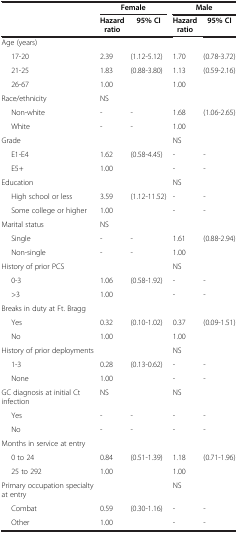
<table><thead><tr><td><b> </b></td><td><b>Female</b></td><td><b> </b></td><td><b>Male</b></td><td><b> </b></td></tr><tr><td><b> </b></td><td><b>Hazard ratio</b></td><td><b>95% CI</b></td><td><b>Hazard ratio</b></td><td><b>95% CI</b></td></tr></thead><tbody><tr><td>Age (years)</td><td> </td><td> </td><td> </td><td> </td></tr><tr><td>17-20</td><td>2.39</td><td>(1.12-5.12)</td><td>1.70</td><td>(0.78-3.72)</td></tr><tr><td>21-25</td><td>1.83</td><td>(0.88-3.80)</td><td>1.13</td><td>(0.59-2.16)</td></tr><tr><td>26-67</td><td>1.00</td><td> </td><td>1.00</td><td> </td></tr><tr><td>Race/ethnicity</td><td colspan="2">NS</td><td> </td><td> </td></tr><tr><td>Non-white</td><td>-</td><td>-</td><td>1.68</td><td>(1.06-2.65)</td></tr><tr><td>White</td><td>-</td><td>-</td><td>1.00</td><td> </td></tr><tr><td>Grade</td><td> </td><td> </td><td colspan="2">NS</td></tr><tr><td>E1-E4</td><td>1.62</td><td>(0.58-4.45)</td><td>-</td><td>-</td></tr><tr><td>E5+</td><td>1.00</td><td> </td><td>-</td><td>-</td></tr><tr><td>Education</td><td> </td><td> </td><td colspan="2">NS</td></tr><tr><td>High school or less</td><td>3.59</td><td>(1.12-11.52)</td><td>-</td><td>-</td></tr><tr><td>Some college or higher</td><td>1.00</td><td> </td><td>-</td><td>-</td></tr><tr><td>Marital status</td><td colspan="2">NS</td><td> </td><td> </td></tr><tr><td>Single</td><td>-</td><td>-</td><td>1.61</td><td>(0.88-2.94)</td></tr><tr><td>Non-single</td><td>-</td><td>-</td><td>1.00</td><td> </td></tr><tr><td>History of prior PCS</td><td> </td><td> </td><td colspan="2">NS</td></tr><tr><td>0-3</td><td>1.06</td><td>(0.58-1.92)</td><td>-</td><td>-</td></tr><tr><td>&gt;3</td><td>1.00</td><td> </td><td>-</td><td>-</td></tr><tr><td>Breaks in duty at Ft. Bragg</td><td> </td><td> </td><td> </td><td> </td></tr><tr><td>Yes</td><td>0.32</td><td>(0.10-1.02)</td><td>0.37</td><td>(0.09-1.51)</td></tr><tr><td>No</td><td>1.00</td><td> </td><td>1.00</td><td> </td></tr><tr><td>History of prior deployments</td><td> </td><td> </td><td>NS</td><td> </td></tr><tr><td>1-3</td><td>0.28</td><td>(0.13-0.62)</td><td>-</td><td>-</td></tr><tr><td>None</td><td>1.00</td><td> </td><td>-</td><td>-</td></tr><tr><td>GC diagnosis at initial Ct infection</td><td colspan="2">NS</td><td colspan="2">NS</td></tr><tr><td>Yes</td><td>-</td><td>-</td><td>-</td><td>-</td></tr><tr><td>No</td><td>-</td><td>-</td><td>-</td><td>-</td></tr><tr><td>Months in service at entry</td><td> </td><td> </td><td> </td><td> </td></tr><tr><td>0 to 24</td><td>0.84</td><td>(0.51-1.39)</td><td>1.18</td><td>(0.71-1.96)</td></tr><tr><td>25 to 292</td><td>1.00</td><td> </td><td>1.00</td><td> </td></tr><tr><td>Primary occupation specialty at entry</td><td> </td><td> </td><td colspan="2">NS</td></tr><tr><td>Combat</td><td>0.59</td><td>(0.30-1.16)</td><td>-</td><td>-</td></tr><tr><td>Other</td><td>1.00</td><td> </td><td>-</td><td>-</td></tr></tbody></table>